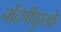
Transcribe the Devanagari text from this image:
नोंदणीपुस्तके